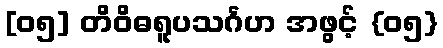
[၀၅] တိဝိဓရူပသင်္ဂဟ အဖွင့် {၀၅}